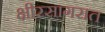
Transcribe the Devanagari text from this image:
क्षीरसागरात